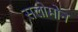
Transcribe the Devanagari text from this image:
सलोमोन